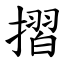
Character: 摺